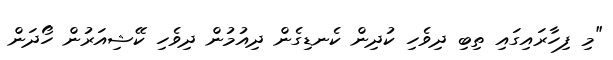
"މި ފިހާރައިގައި ތިބި ދިވެހި ކުދިން ކެނޑިގެން ދިއުމުން ދިވެހި ކޭޝިއަރުން ހޯދަން